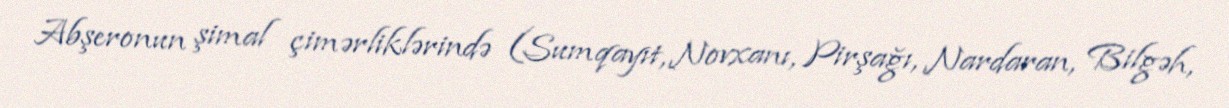
Abşeronun şimal çimərliklərində (Sumqayıt, Novxanı, Pirşağı, Nardaran, Bilgəh,